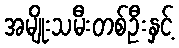
အမျိုးသမီးတစ်ဦးနှင့်